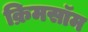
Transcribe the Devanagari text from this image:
क्रिमसॉम